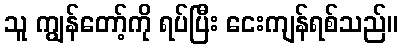
သူ ကျွန်တော့်ကို ရပ်ပြီး ငေးကျန်ရစ်သည်။